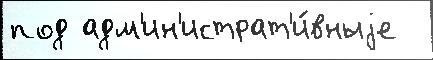
под адм'ин'истрат'и́вныjе